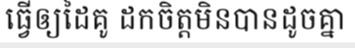
ធ្វើឲ្យដៃគូ ដកចិត្តមិនបានដូចគ្នា